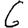
Digit: 6